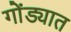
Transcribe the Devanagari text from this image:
गोंड्यात